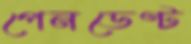
পেনডেণ্ট